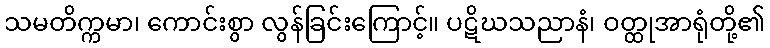
သမတိက္ကမာ၊ ကောင်းစွာ လွန်ခြင်းကြောင့်။ ပဋိဃသညာနံ၊ ဝတ္ထုအာရုံတို့၏